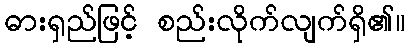
ဓားရှည်ဖြင့် စည်းလိုက်လျက်ရှိ၏။